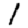
Digit: 1